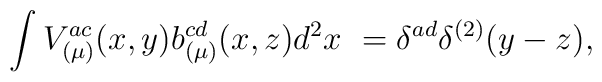
\int V^{ac}_{(\mu)}(x,y) b^{cd}_{(\mu)}(x,z) d^2x~ = \delta^{ad}\delta^{(2)}(y-z),